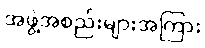
အဖွဲ့အစည်းများအကြား